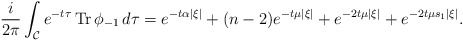
\begin{align*} \frac{i}{2\pi}\int_{\mathcal{C}}e^{-t\tau}\operatorname{Tr}\phi_{-1}\,d\tau = e^{-t\alpha |\xi|}+(n-2)e^{-t\mu|\xi|}+e^{-2t\mu|\xi|}+e^{-2t\mu s_1|\xi|}.\end{align*}